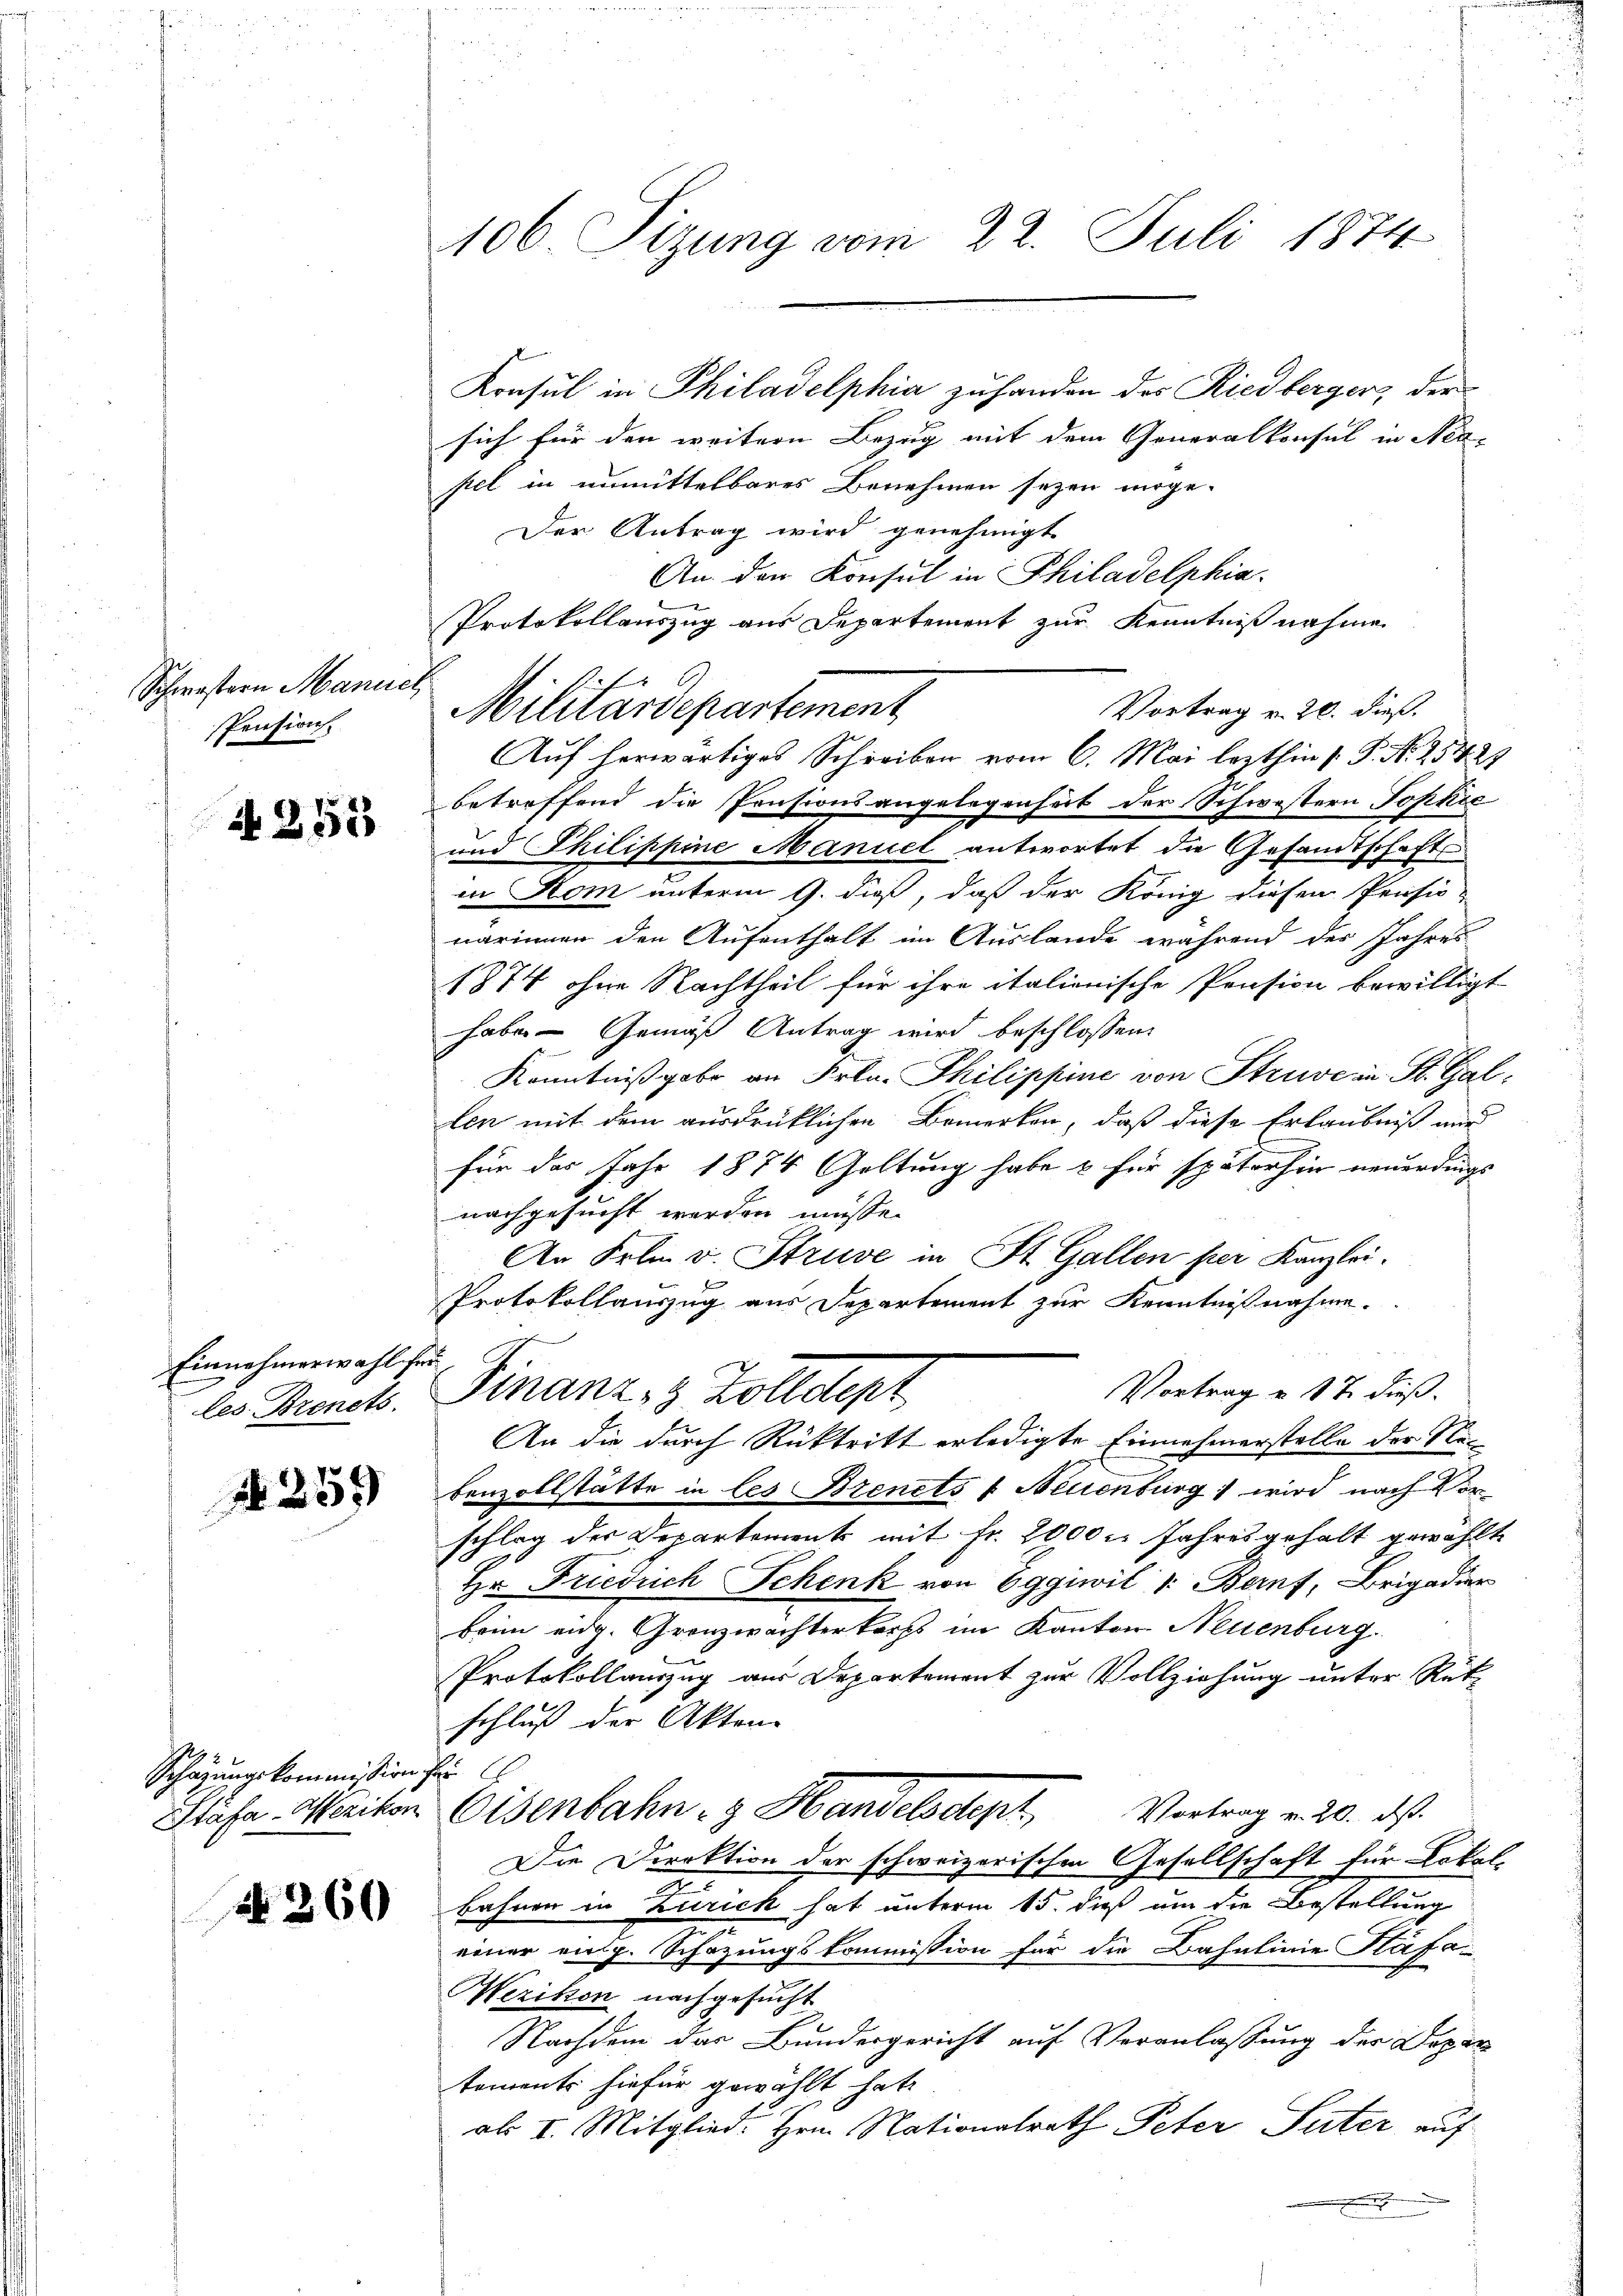
Schwestern Manuel
Pension.

if. 255

Einnehmerwahl fer
les. Brenets.

A 259

Schazungskommission her

N 260

106 Sizung vom 22. Juli 1874

Konsul in Philadelphia zuhanden des Riedberger, der
sich für den weitere Bezug mit dem Generalkonsul in Neasel in unmittelbares Benehmen seyen morge-
Der Antrag wird genehmigt.
An den Konsul in Philadelphia
Protokollauszug aus Departement zur Kenntnißnahme
Vortrag v. 20. dieß.
Auf herwärtiges Schreiben vom 6. Mai lezthin  P. Nr. 25429
betreffend die Pensionsangelegenheit der Schwestern Sophie
und Philippine Manuel antwortet die Gesandtschafts
in Rom unterm 9. dieß, daß der König diesen Pensio-
narinnen den Aufenthalt im Auslande während der Jahres
1874 ohne Nachtheil für ihre italienische Präsion bewilligt
haben Gemäß Antrag wird beschlossen:
Kenntnißgabe an Frkn. Philippine von Struve in St. Gal
len mit dem ausdrücklichen Bemerken, daß diese Erlaubniß und
für das Jahr 1874 Geltung habe & für späterhin neuerdings
nachgesucht werden müsse.
An Frkn. v. Struve in St. Gallen per Kanzlei.
d
Protokollauszug aus Departement zur Kenntnißnahme.
Vortrag u. 17. dieß.
Finanz- & Zolldept
An die durch Rücktritt erledigte Einnehmerstelle der Rebenzollstätte in les Brenets & Neuenburg wird nach Vorschlag der Departement mit Fr. 2000 l. Jahres gehalt gewählte
Hr. Friedrich Schenk von Eggiwil " Bernf, Brigadier
Heim eidg. Grenzwachterkorps im Kanton Neuenburg
Protokollauszug aus Departement zur Vollziehung unter Rük-
schluß der Akten-
Stäfa, Werikon Eisenbahng Handelsdep
Vortrag v. 20. ds.
Die Direktion der schweizerischen Gesellschaft für Lokal-
bahnen in Zürich hat unterm 15. dieß um die Bestellung
einer eng. Schazungskommission für die Bahnlinie Klafa¬
Wezikon nachgesucht
Nachdem das Bundergericht auf Veranlassung der Depar
tements hiefür gewählt hat
als II. Mitglied. Hrn. Nationalrath Peter Suter auf

1
Militärdepartement